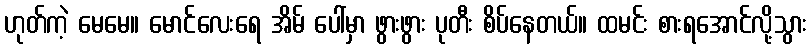
ဟုတ်ကဲ့ မေမေ။ မောင်လေးရေ အိမ် ပေါ်မှာ ဖွားဖွား ပုတီး စိပ်နေတယ်။ ထမင်း စားရအောင်လို့သွား